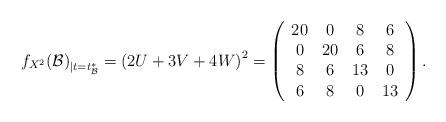
LaTeX: \begin{align*} {f_{X^2}(\mathcal{B})}_{|t =t^*_{\mathcal{B}}} = {( 2U + 3 V + 4 W)}^2 = \left(\begin{array}{cccc} 20 & 0 & 8 & 6\\ 0 & 20 & 6 & 8\\ 8 & 6 & 13 & 0\\ 6 & 8 & 0 & 13 \end{array}\right).\end{align*}